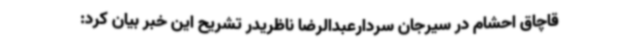
قاچاق احشام در سیرجان سردارعبدالرضا ناظریدر تشریح این خبر بیان کرد: